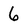
Character: 6